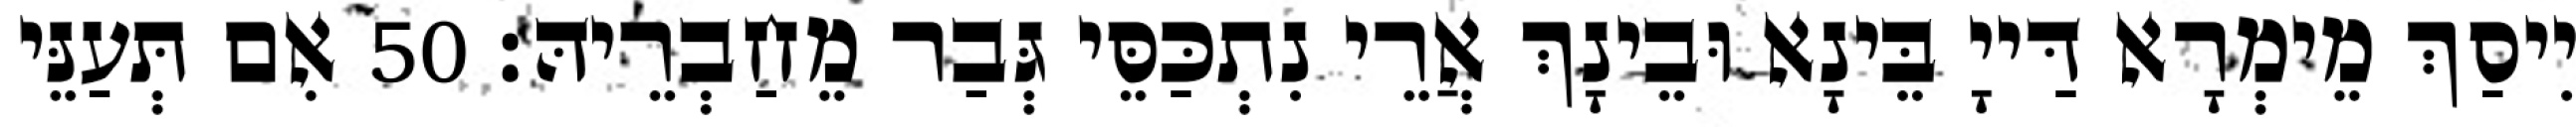
יִיסַךְ מֵימְרָא דַּייָ בֵּינָא וּבֵינָךְ אֲרֵי נִתְכַּסֵּי גְּבַר מֵחַבְרֵיהּ׃ 50 אִם תְּעַנֵּי